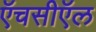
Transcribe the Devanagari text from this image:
ऍचसीऍल